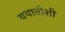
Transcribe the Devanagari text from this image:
ययातीशी